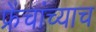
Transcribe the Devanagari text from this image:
फ्रेंचांच्याच